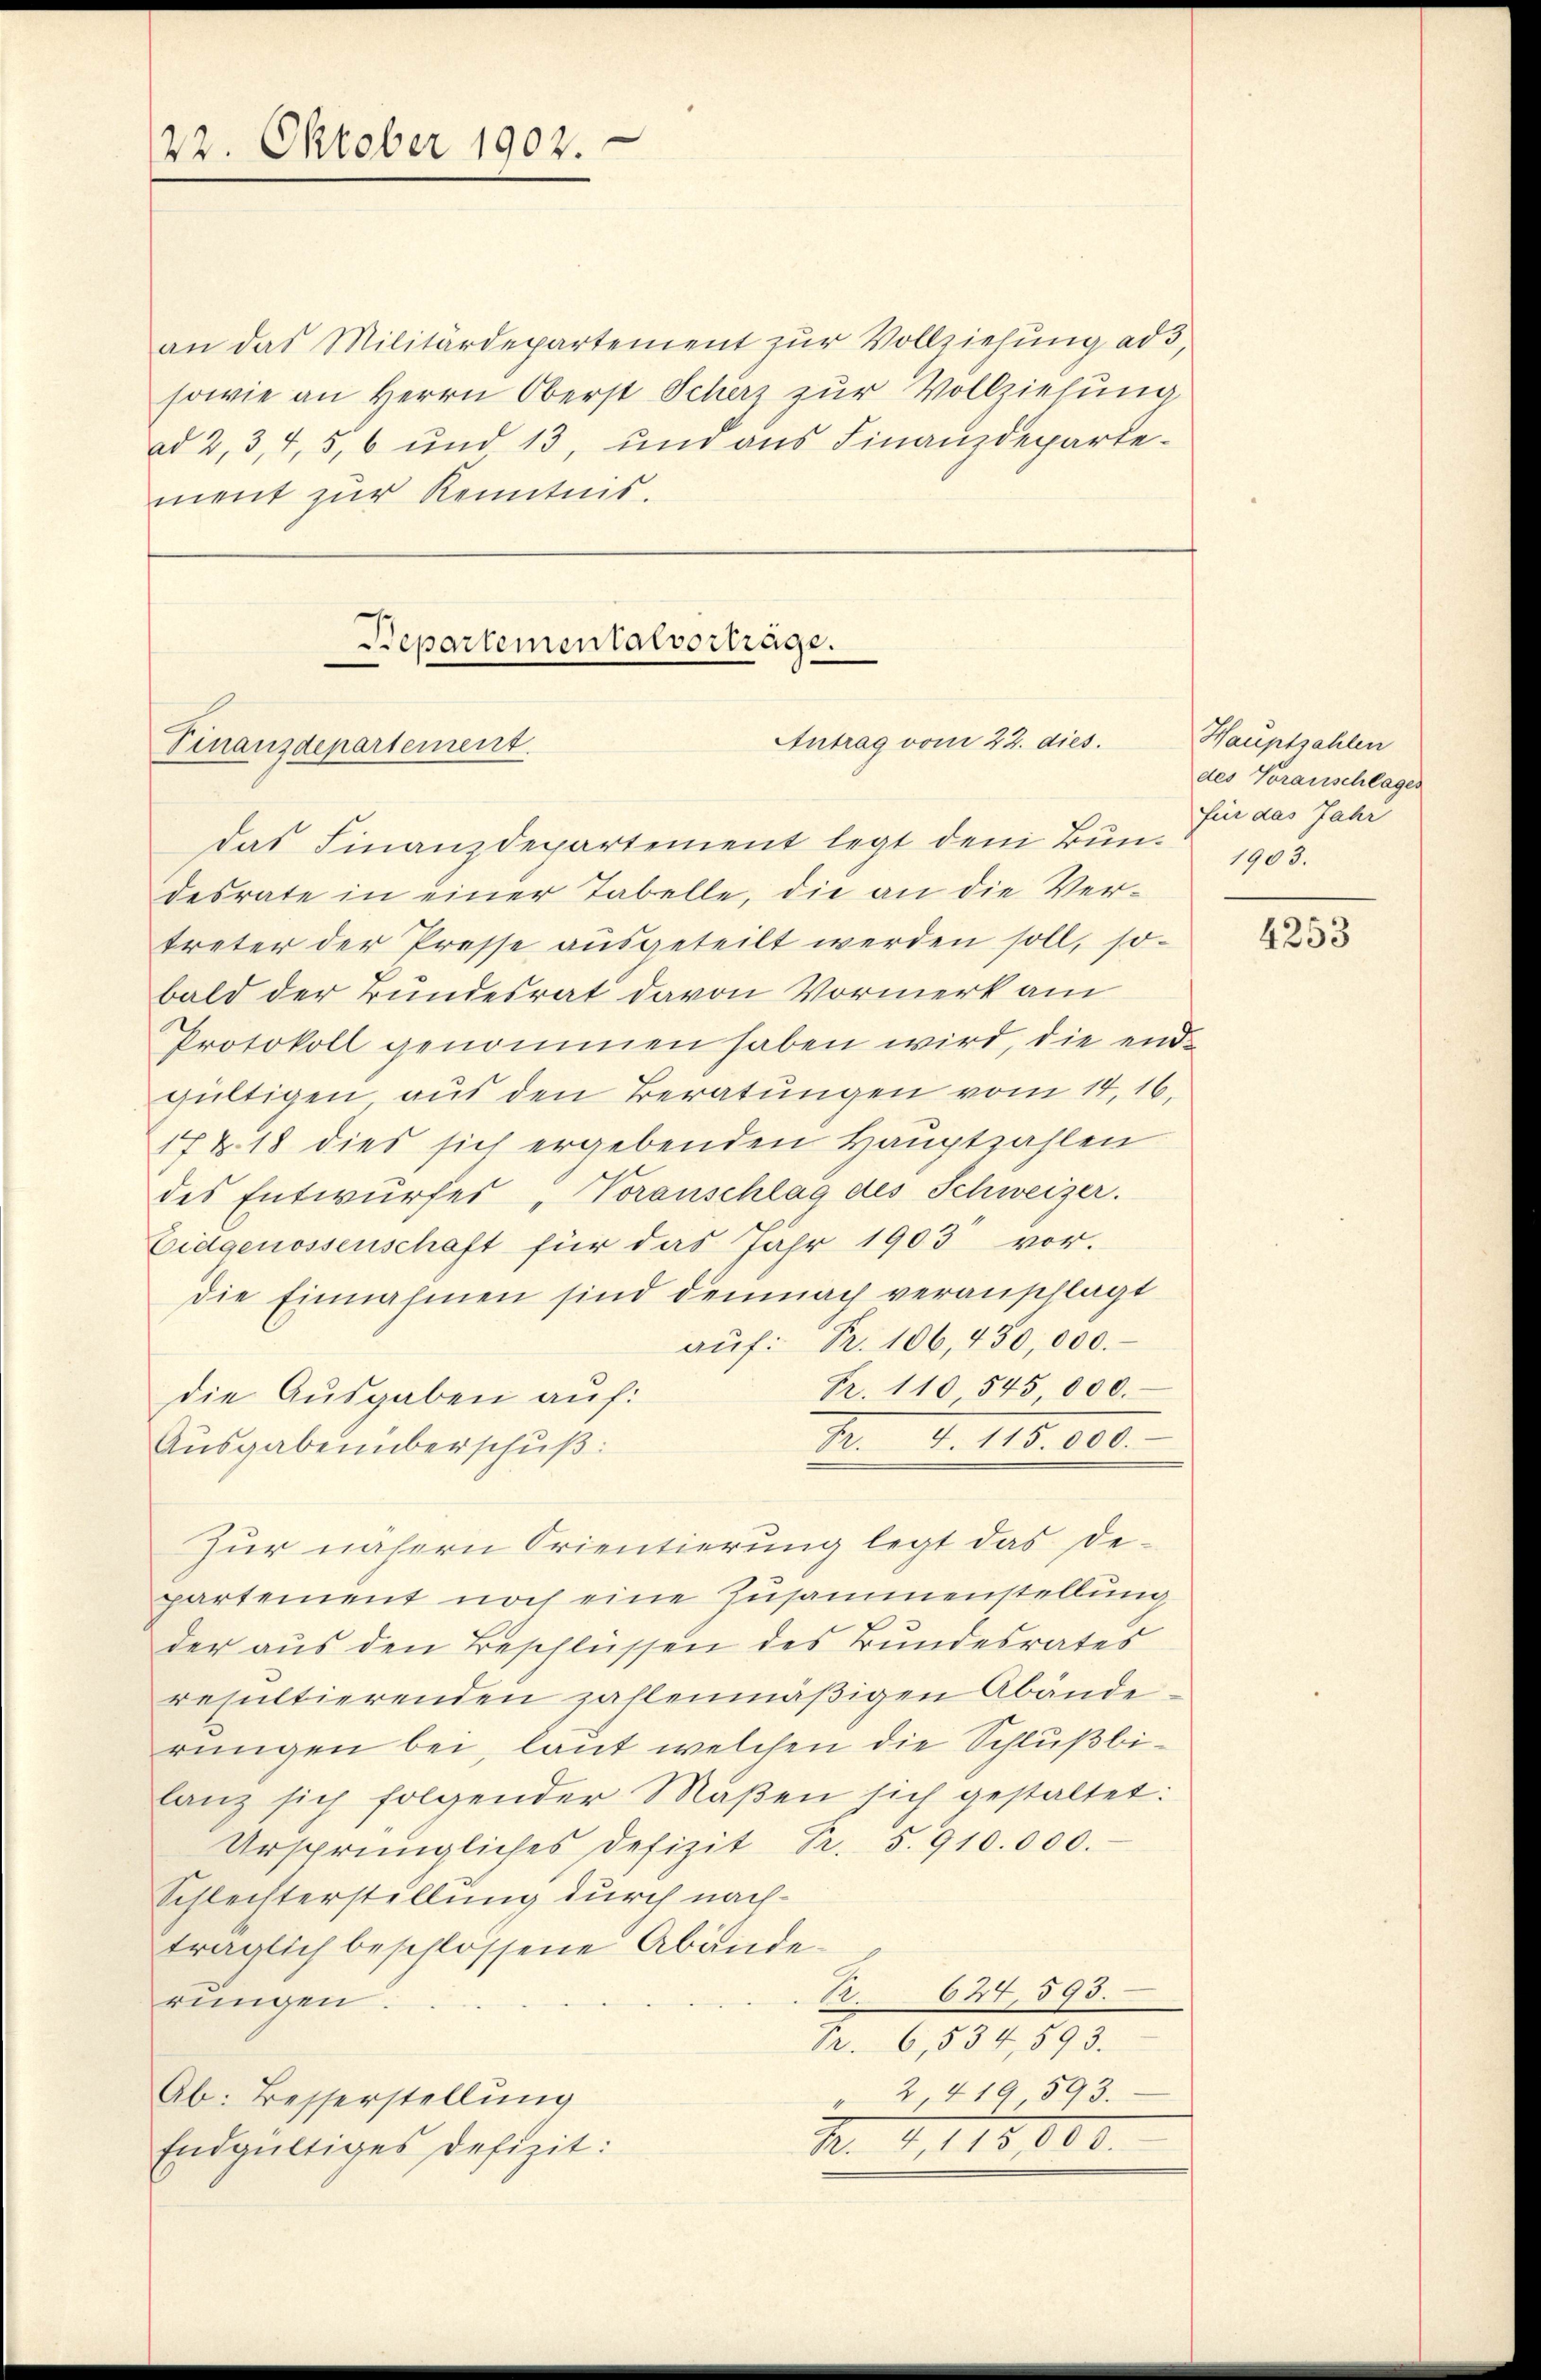
22. Oktober 1902.

an das Militärdepartement zŭr Vollziehŭng ad 5,
sowie an Herrn Oberst Scharz zur Vollziehung
ad 2, 3, 4, 5, 6 und 13, und aus Finanzdepartement zur Kenntnis.

Repartementalverträge.
Antrag vom 22. dies.
Finanzdepartement.
das Finanzdepartement legt dem Bŭn- 1903.

desrate in einer Tabelle, die an die Vertreter der Presse aŭsgeteilt werden soll, so-
bald der Bundesrat davon Vormerk am
Protokoll genommen haben wird, die end-
gültigen aus den Beratungen vom 14. 16.
17 & 18 dies sich ergebenden Hauptzahlen
des Entwurfes "Voranschlag des Schweizer.
Eidgenossenschaft für das Jahr 1903 vor.
die Einnahmen sind demnach veranschlagt
aŭf: Fr. 106, 450,000.
Fr. 110 545 000.
die Ausgaben auf:
10. d. 118. 100.
Ausgabenberschuß:
Zur nähern Orientierung legt das Departement noch eine Zusammenstellung
der aus den Beschlüssen des Bundesrates
resultierenden zahlenmäβigen Abände-
rungen bei, laut welchen die Schlußbilanz sich folgender Maßen sich gestaltet:
Ursprüngliches Defizit Nr. 5. 910.000.
Schlechterstellung durch nachträglich beschlossene Abände¬
Pr 624, 593.
rungen.
Pr. 6, 534, 593.
" 2, 419 593.
Ab: Besserstellŭng
M. G,173,000.
Endgültiges defizit:

Hauptsahlen
des Voranschlages
für das Jahr

4253